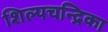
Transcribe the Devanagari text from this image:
शिल्पचन्द्रिका